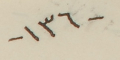
- ١٣٦-